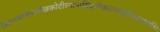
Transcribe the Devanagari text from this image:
त्रिसन्ध्यानमल्लेखकोटीरनानाविधानेकरत्नांशुबिम्बप्रभाभिः